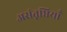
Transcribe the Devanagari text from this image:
असंतृप्तियाँ